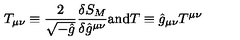
T _ { \mu \nu } \equiv \frac { 2 } { \sqrt { - \hat { g } } } \frac { \delta S _ { M } } { \delta \hat { g } ^ { \mu \nu } } \mathrm { a n d } T \equiv \hat { g } _ { \mu \nu } T ^ { \mu \nu }